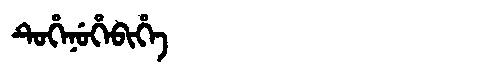
Manchu: ᡨᡠᡥᡝᠨᡠᡥᡝᠪᡳᡥᡝ
Romanization: TUHENUHEBIHE